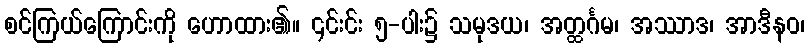
စင်ကြယ်ကြောင်းကို ဟောထား၏။ ၎င်းင်း ၅-ပါး၌ သမုဒယ၊ အတ္ထင်္ဂမ၊ အဿာဒ၊ အာဒီနဝ၊